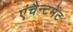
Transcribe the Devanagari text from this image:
एंचैन्टमेंट